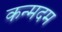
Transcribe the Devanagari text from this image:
कन्मदम